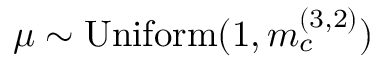
\mu \sim \mathrm { U n i f o r m } ( 1 , m _ { c } ^ { ( 3 , 2 ) } )